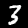
Digit: 3